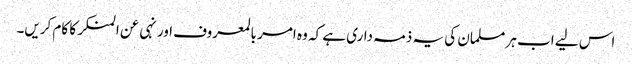
اس لیے اب ہر مسلمان کی یہ ذمہ داری ہے کہ وہ امر بالمعروف اور نہی عن المنکر کا کام کریں۔